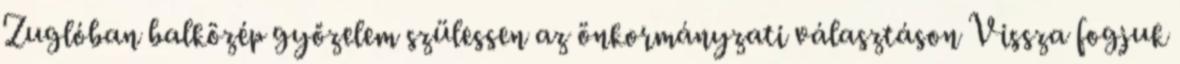
Zuglóban balközép győzelem szülessen az önkormányzati választáson Vissza fogjuk